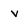
Character: V